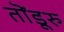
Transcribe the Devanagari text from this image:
तॊंडूरु